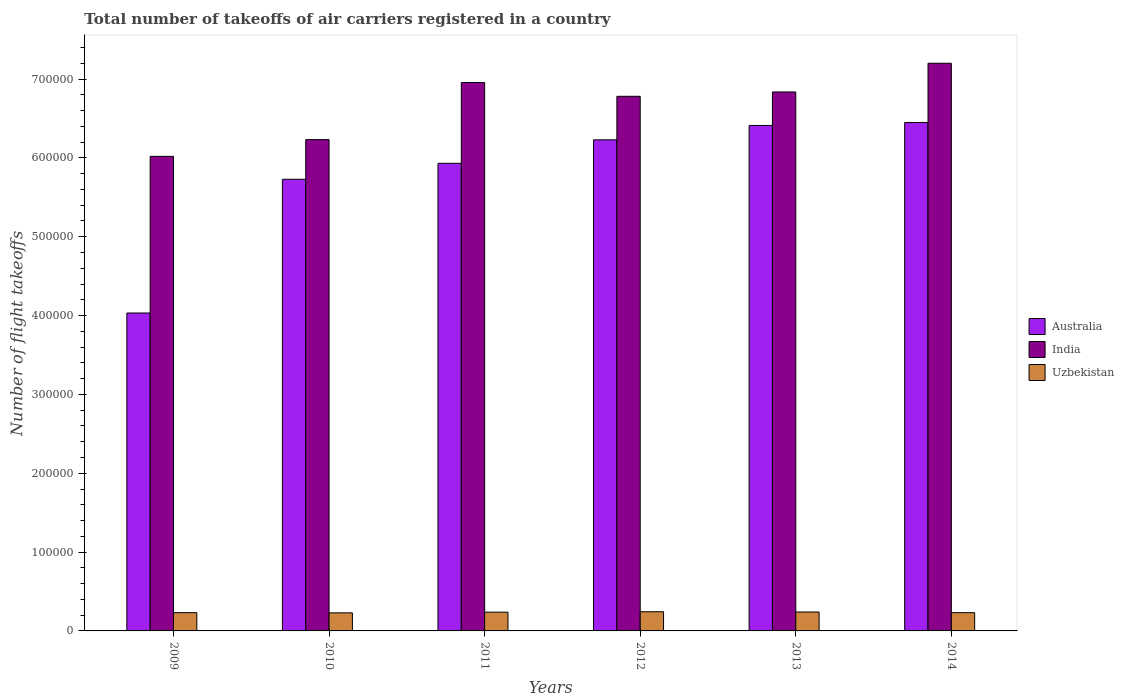
| Years | Australia | India | Uzbekistan |
 | --- | --- | --- | --- |
 | 2009 | 4.03e+05 | 6.02e+05 | 2.32e+04 |
 | 2010 | 5.73e+05 | 6.23e+05 | 2.29e+04 |
 | 2011 | 5.93e+05 | 6.96e+05 | 2.38e+04 |
 | 2012 | 6.23e+05 | 6.78e+05 | 2.43e+04 |
 | 2013 | 6.41e+05 | 6.84e+05 | 2.4e+04 |
 | 2014 | 6.45e+05 | 7.2e+05 | 2.31e+04 |